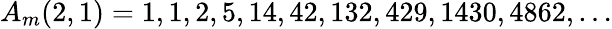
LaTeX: A_{m}(2,1)=1,1,2,5,14,42,132,429,1430,4862,\ldots